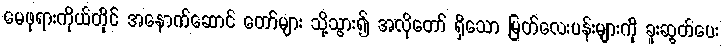
မေဖုရားကိုယ်တိုင် အနောက်ဆောင် တော်များ သို့သွား၍ အလိုတော် ရှိသော မြတ်လေးပန်းများကို ခူးဆွတ်ပေး